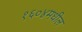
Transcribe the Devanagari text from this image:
१६०४मधील